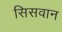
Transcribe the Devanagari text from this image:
सिसवान